Report of the Imperial Institute of Veterinary Research, Muktesar
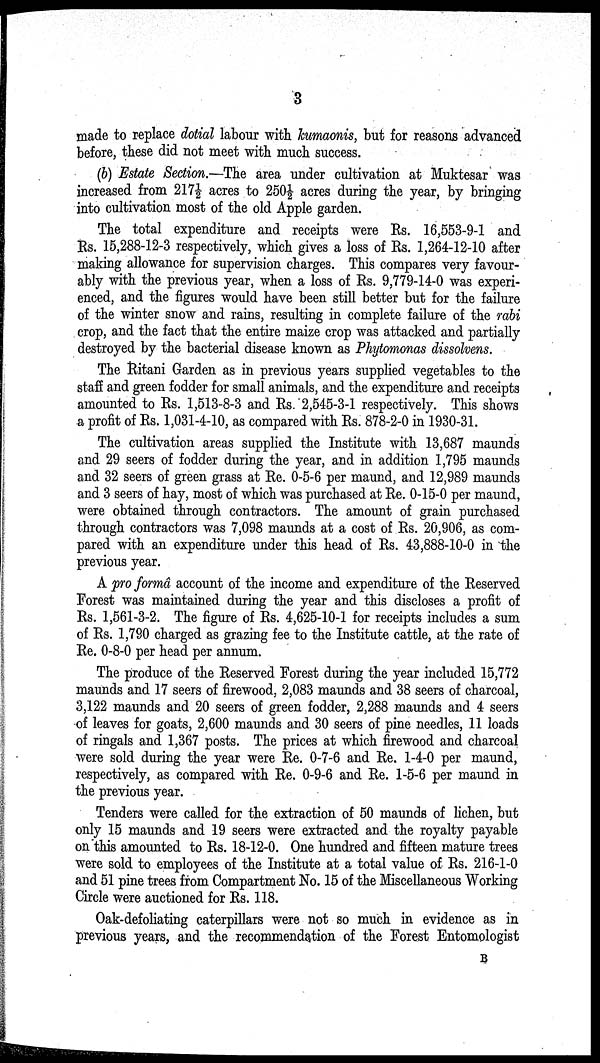
3
made to replace dotial labour with kumaonis, but for reasons advanced
before, these did not meet with much success.
(b) Estate Section.—The area under cultivation at Muktesar was
increased from 217½ acres to 250½ acres during the year, by bringing
into cultivation most of the old Apple garden.
The total expenditure and receipts were Rs. 16,553-9-1 and
Rs. 15,288-12-3 respectively, which gives a loss of Rs. 1,264-12-10 after
making allowance for supervision charges. This compares very favour-
ably with the previous year, when a loss of Rs. 9,779-14-0 was experi-
enced, and the figures would have been still better but for the failure
of the winter snow and rains, resulting in complete failure of the rabi
crop, and the fact that the entire maize crop was attacked and partially
destroyed by the bacterial disease known as Phytomonas dissolvens.
The Ritani Garden as in previous years supplied vegetables to the
staff and green fodder for small animals, and the expenditure and receipts
amounted to Rs. 1,513-8-3 and Rs. 2,545-3-1 respectively. This shows
a profit of Rs. 1,031-4-10, as compared with Rs. 878-2-0 in 1930-31.
The cultivation areas supplied the Institute with 13,687 maunds
and 29 seers of fodder during the year, and in addition 1,795 maunds
and 32 seers of green grass at Re. 0-5-6 per maund, and 12,989 maunds
and 3 seers of hay, most of which was purchased at Re. 0-15-0 per maund,
were obtained through contractors. The amount of grain purchased
through contractors was 7,098 maunds at a cost of Rs. 20,906, as com-
pared with an expenditure under this head of Rs. 43,888-10-0 in the
previous year.
A pro formâ account of the income and expenditure of the Reserved
Forest was maintained during the year and this discloses a profit of
Rs. 1,561-3-2. The figure of Rs. 4,625-10-1 for receipts includes a sum
of Rs. 1,790 charged as grazing fee to the Institute cattle, at the rate of
Re. 0-8-0 per head per annum.
The produce of the Reserved Forest during the year included 15,772
maunds and 17 seers of firewood, 2,083 maunds and 38 seers of charcoal,
3,122 maunds and 20 seers of green fodder, 2,288 maunds and 4 seers
of leaves for goats, 2,600 maunds and 30 seers of pine needles, 11 loads
of ringals and 1,367 posts. The prices at which firewood and charcoal
were sold during the year were Re. 0-7-6 and Re. 1-4-0 per maund,
respectively, as compared with Re. 0-9-6 and Re. 1-5-6 per maund in
the previous year.
Tenders were called for the extraction of 50 maunds of lichen, but
only 15 maunds and 19 seers were extracted and the royalty payable
on this amounted to Rs. 18-12-0. One hundred and fifteen mature trees
were sold to employees of the Institute at a total value of Rs. 216-1-0
and 51 pine trees from Compartment No. 15 of the Miscellaneous Working
Circle were auctioned for Rs. 118.
Oak-defoliating caterpillars were not so much in evidence as in
previous years, and the recommendation of the Forest Entomologist
B